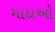
માદાઓ